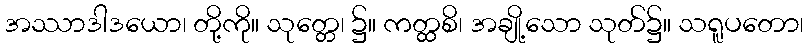
အဿာဒါဒယော၊ တို့ကို။ သုတ္တေ၊ ၌။ ကတ္ထစိ၊ အချို့သော သုတ်၌။ သရူပတော၊